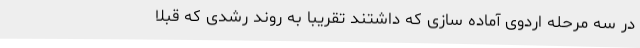
در سه مرحله اردوی آماده سازی که داشتند تقریبا به روند رشدی که قبلا